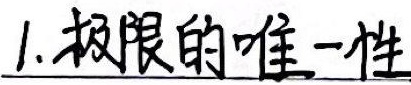
1.极限的唯一性